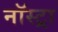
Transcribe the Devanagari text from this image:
नॉस्ट्रा